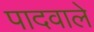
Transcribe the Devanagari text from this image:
पादवाले